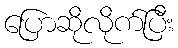
ပြောဆိုလိုက်ပြီး